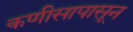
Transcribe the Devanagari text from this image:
कणीसापासून